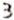
3